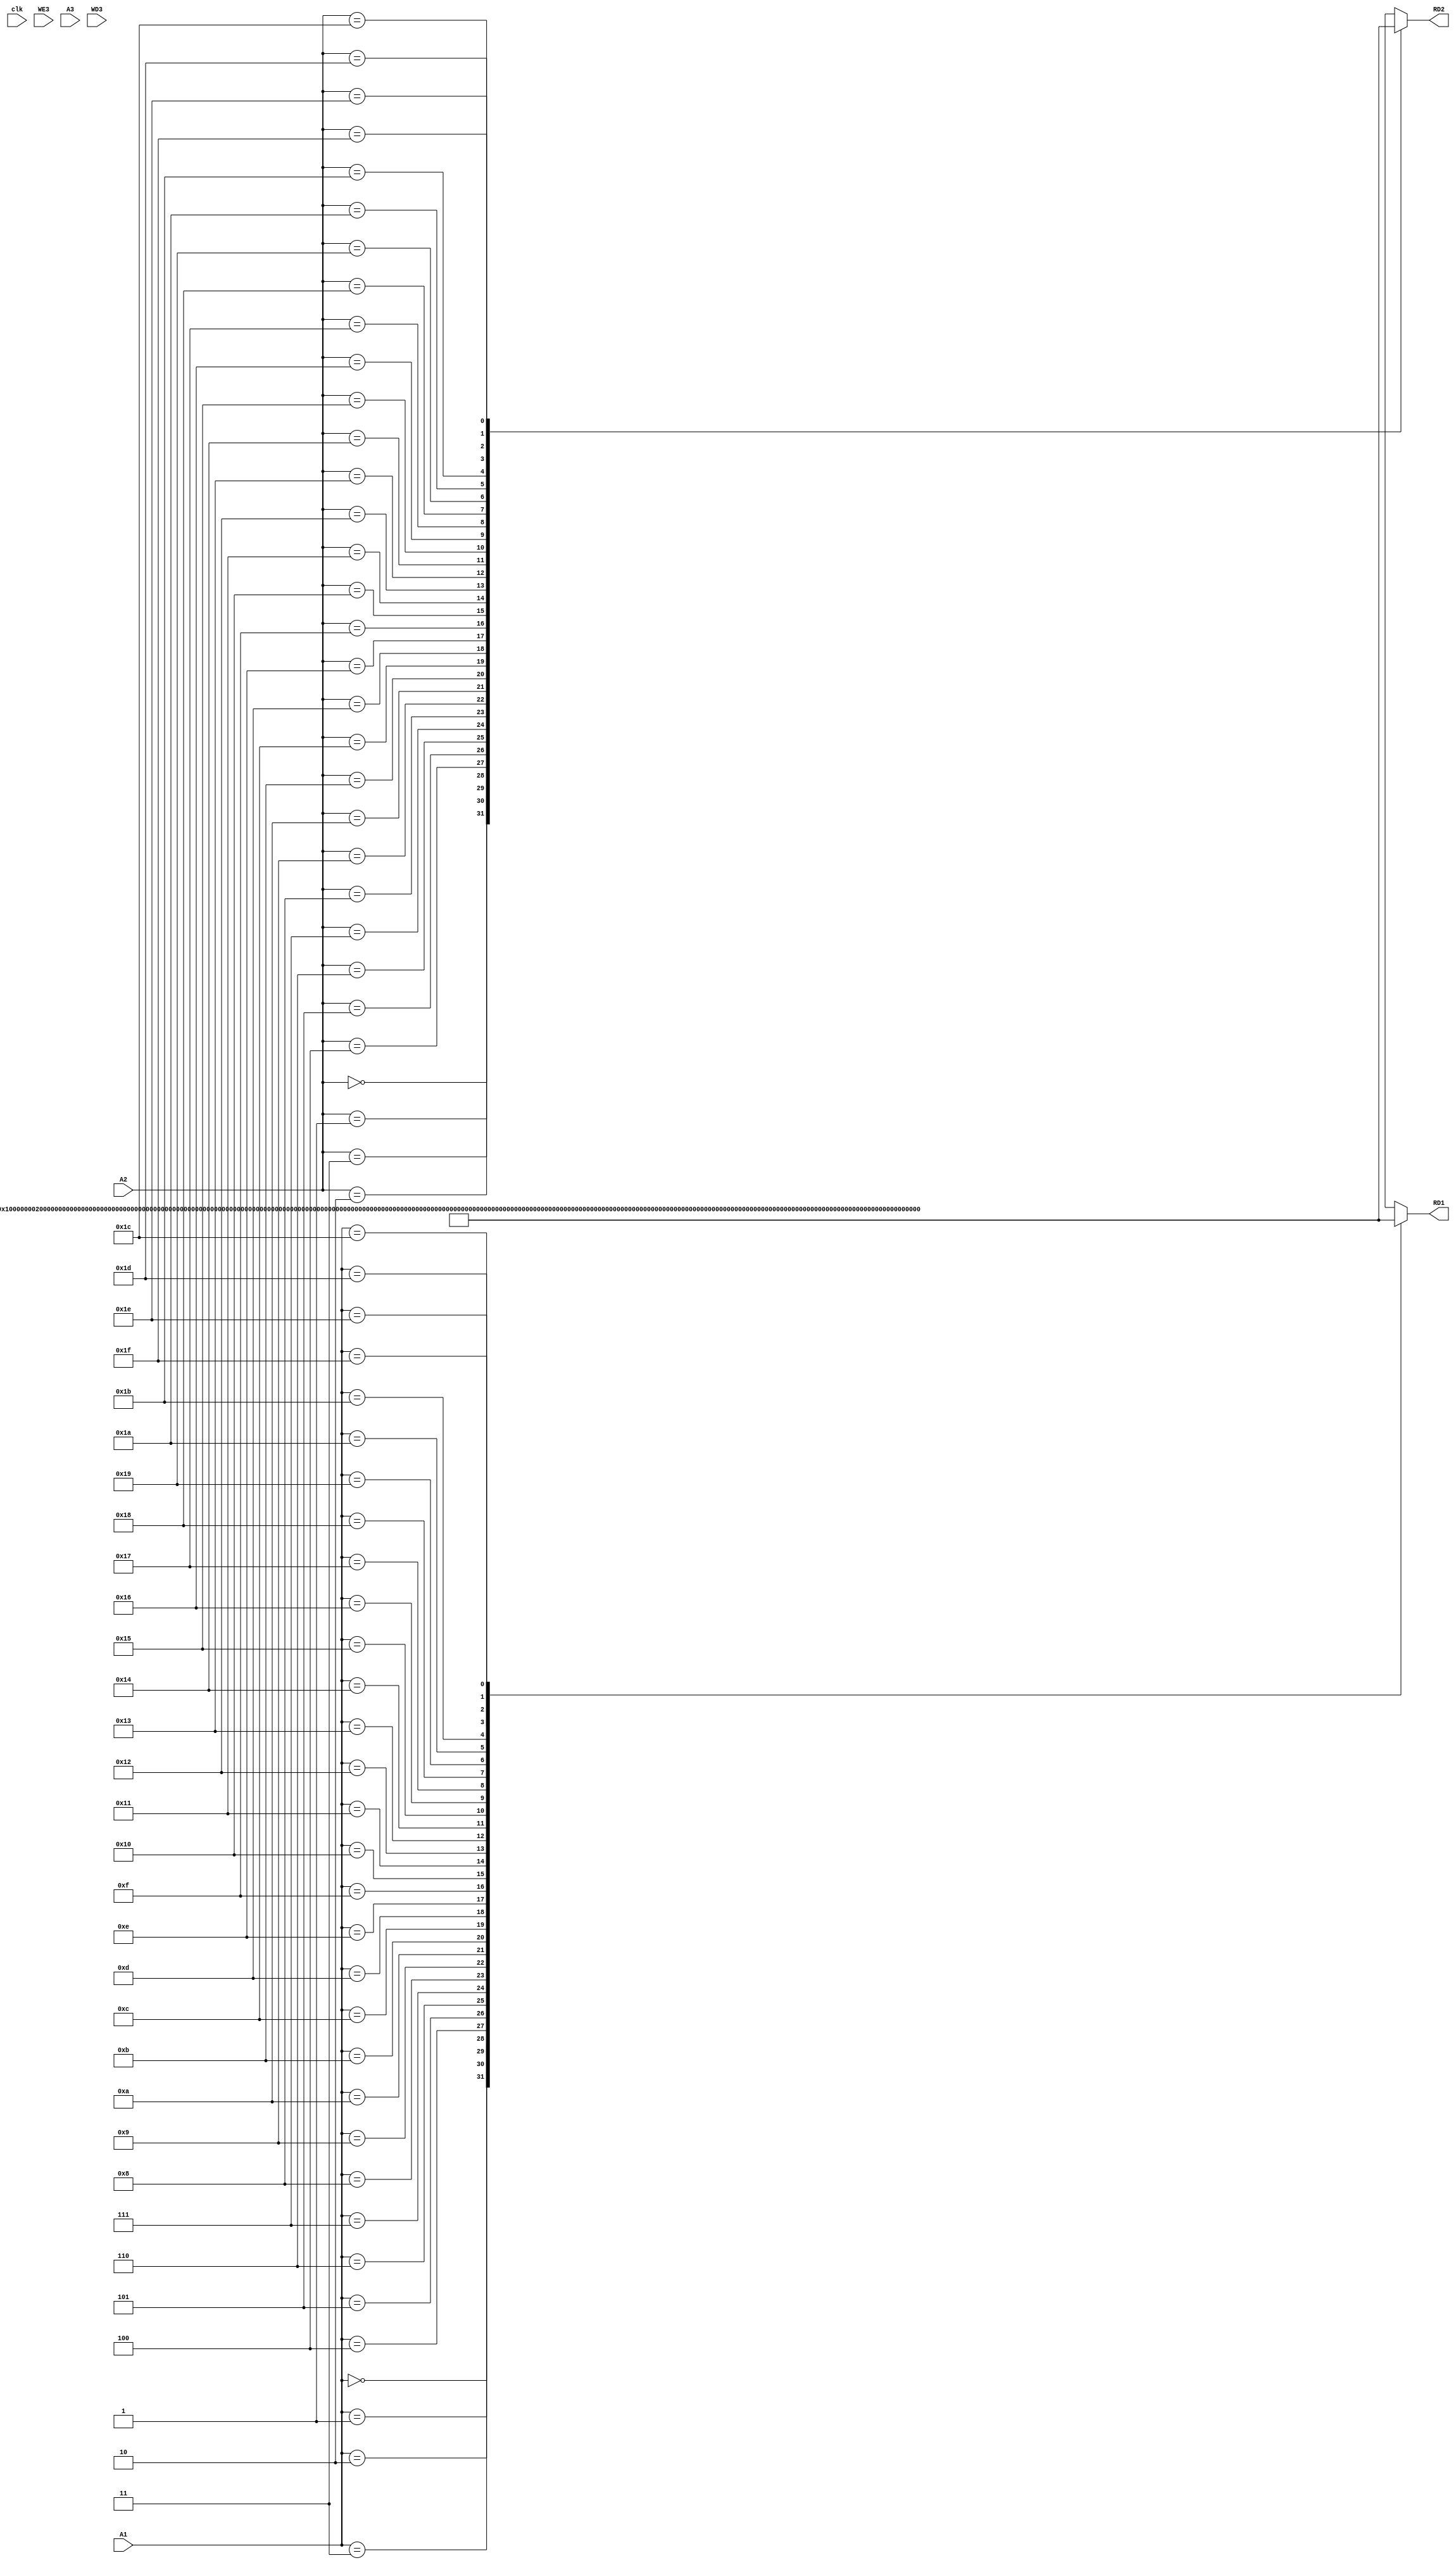
module RegFile (
    input clk, WE3,
    input [4:0] A1, A2, A3,
    input [31:0] WD3,
    output reg [31:0] RD1, RD2
);
    reg [31:0] registers [31:0]; //32 tane 32-bit register
    integer i;

    always @(*) begin
        for (i = 0; i < 32; i = i + 1) begin
            registers[i] <= i;
        end 
        RD1 <= registers[A1];
        RD2 <= registers[A2];
        
    end

    always @(posedge clk) begin
        if (WE3) begin
            //Yazma
            registers[A3] <= WD3;
        end
    end
endmodule